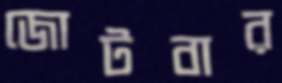
জোটবার